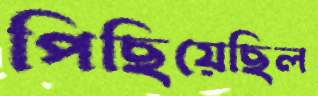
পিছিয়েছিল